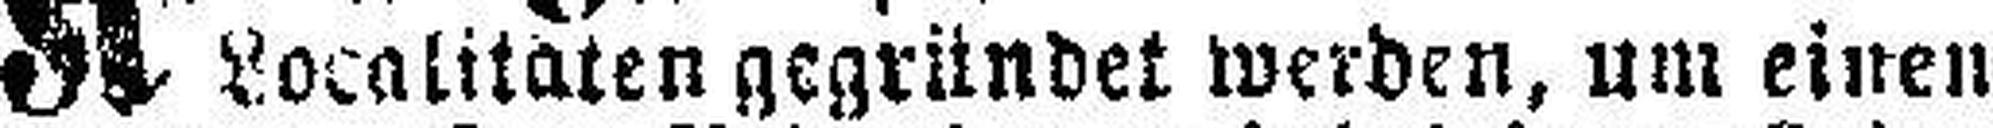
Localitaten gegründet werden, um einen